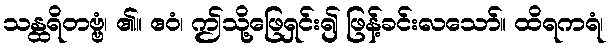
သန္ထရိတဗ္ဗံ၊ ၏။ ဧဝံ၊ ဤသို့ဖြေရှင်း၍ ဖြန့်ခင်းလသော်။ ထိရကရံ၊